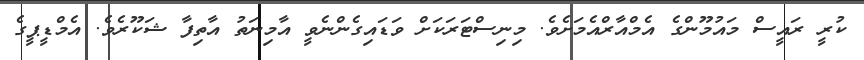
ކުރީ ރައީސް މައުމޫންގެ އެމްއާރްއެމަށެވެ. މިނިސްޓަރަކަށް ވަޑައިގެންނެވީ އާމިނަތު އާތިފާ ޝަކޫރެވެ. އެމްޑީޕީގެ